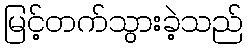
မြင့်တက်သွားခဲ့သည်